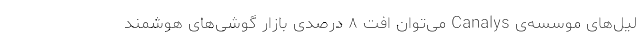
لیل‌های موسسه‌ی Canalys می‌توان افت ۸ درصدی بازار گوشی‌های هوشمند